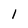
Character: 1